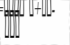
١٥٩